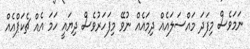
ނަމަވެސް މިފަދަ މައްސަލައެއް ދިމައެއް ނުވޭ މިފަހަރުވެސް ދިޔައީ ހަމަ އެއް ޗެކަޕްއެއް